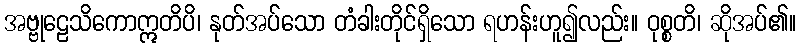
အဗ္ဗုဠေသိကောဣတိပိ၊ နုတ်အပ်သော တံခါးတိုင်ရှိသော ရဟန်းဟူ၍လည်း။ ဝုစ္စတိ၊ ဆိုအပ်၏။